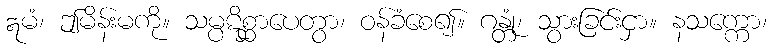
ဣမံ၊ ဤမိန်းမကို။ သမ္ပဋိစ္ဆာပေတွာ၊ ဝန်ခံစေ၍။ ဂန္တုံ၊ သွားခြင်းငှာ။ နသက္ကော၊